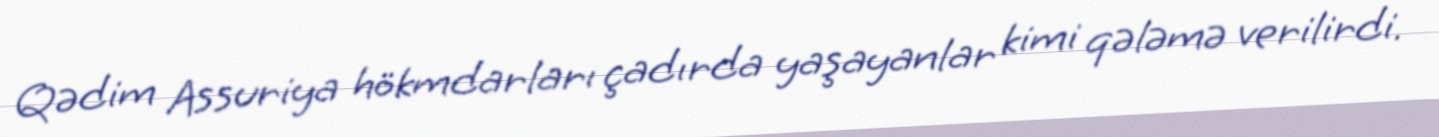
Qədim Assuriya hökmdarları çadırda yaşayanlar kimi qələmə verilirdi.